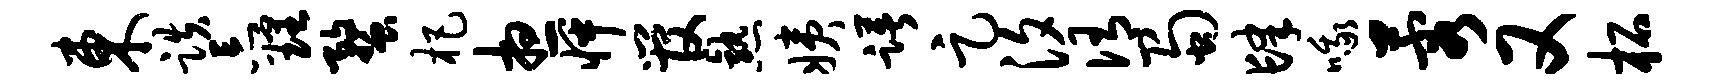
东跌忘理蝥杷想怦管熟姨躇足汐侑蜀肆哦蓉又柘